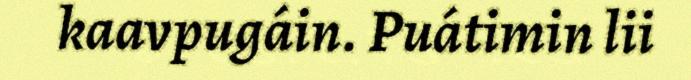
kaavpugáin. Puátimin lii